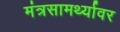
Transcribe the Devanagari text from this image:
मंत्रसामर्थ्यावर